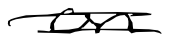
Text: on
Cross-out: double-line
Writing tool: digital_black